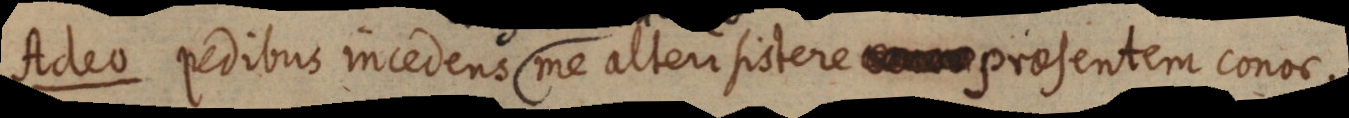
Adeo pedibus incedens me alterisistere prosentem conos.